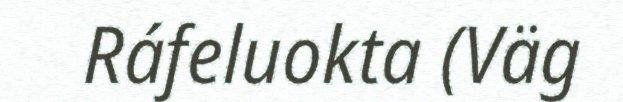
Ráfeluokta (Väg